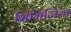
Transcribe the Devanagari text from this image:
सिमिलिया